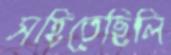
সহিতেছিলি